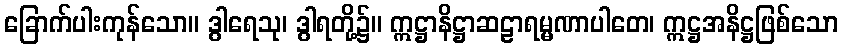
ခြောက်ပါးကုန်သော။ ဒွါရေသု၊ ဒွါရတို့၌။ ဣဋ္ဌာနိဋ္ဌာဆဠာရမ္မဏာပါတေ၊ ဣဋ္ဌအနိဋ္ဌဖြစ်သော